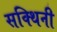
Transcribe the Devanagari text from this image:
सक्थिनी